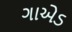
ગાએડ